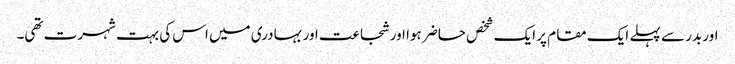
اور بدر سے پہلے ایک مقام پر ایک شخص حاضر ہوا اور شجاعت اور بہادری میں اس کی بہت شہرت تھی۔